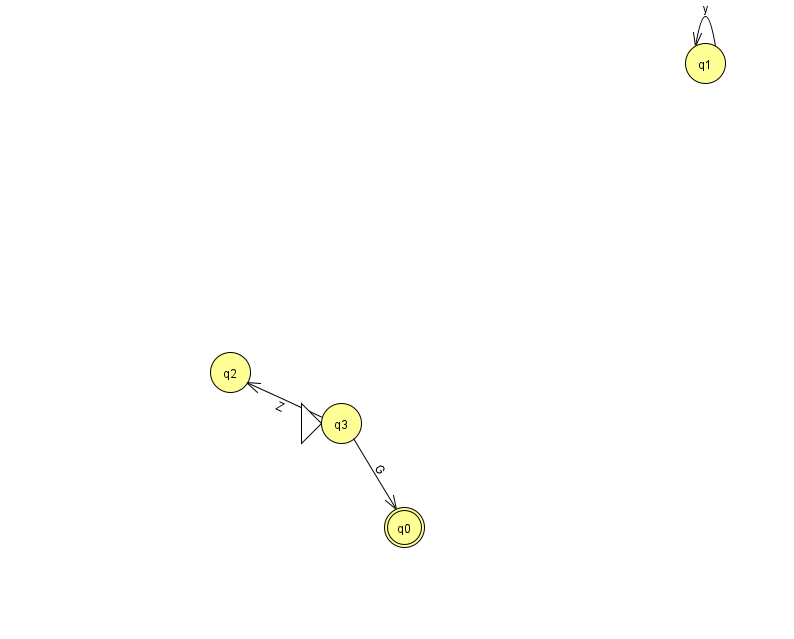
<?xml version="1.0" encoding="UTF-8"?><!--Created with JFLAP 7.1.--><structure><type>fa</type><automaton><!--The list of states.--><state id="0" name="q0"><x>404.0</x><y>514.0</y><final/></state><state id="1" name="q1"><x>705.0</x><y>50.0</y></state><state id="2" name="q2"><x>230.0</x><y>359.0</y></state><state id="3" name="q3"><x>341.0</x><y>410.0</y><initial/></state><!--The list of transitions.--><transition><from>3</from><to>0</to><read>G</read></transition><transition><from>1</from><to>1</to><read>y</read></transition><transition><from>3</from><to>2</to><read>Z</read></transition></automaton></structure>